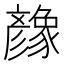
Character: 𢒶